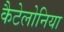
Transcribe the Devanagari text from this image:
कैटेलोनिया